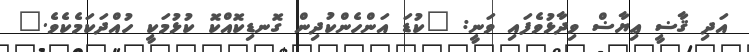
އަދި ޤާޟީ ޢިޔާޟް ވިދާޅުވެފައި ވަނީ: "ކުޑަ އަންހެންކުދިން ގޮނޑިކޮއްކޮ ކުޅުމަކީ ހުއްދަކަމެކެވެ."